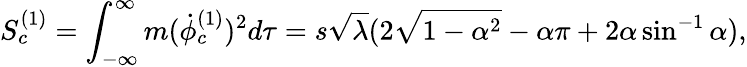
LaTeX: S_{c}^{(1)}=\int_{-\infty}^{\infty}m({\dot{\phi}}_{c}^{(1)})^{2}d\tau=s\sqrt\lambda(2\sqrt{1-\alpha^{2}}-\alpha\pi+2\alpha\sin^{-1}\alpha),